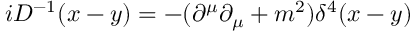
i D ^ { - 1 } ( x - y ) = - { ( \partial ^ { \mu } \partial _ { \mu } + m ^ { 2 } ) } { \delta ^ { 4 } ( x - y ) }